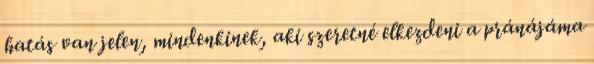
hatás van jelen, mindenkinek, aki szeretné elkezdeni a pránájáma